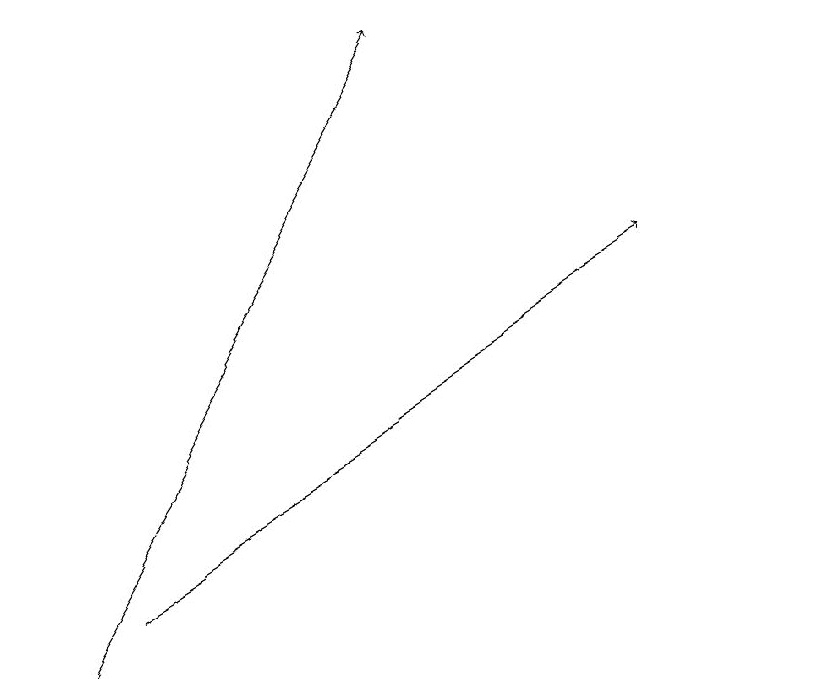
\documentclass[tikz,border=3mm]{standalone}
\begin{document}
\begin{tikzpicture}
\draw (11,11) circle (0);
\draw[->] (1,11) -- (6,19);
\draw[->] (2,12) -- (9,16);
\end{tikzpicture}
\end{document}